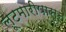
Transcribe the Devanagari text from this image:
लूटमारीपासून